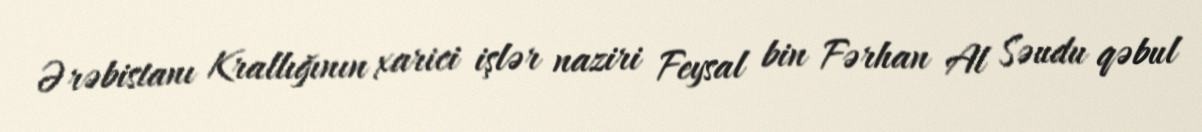
Ərəbistanı Krallığının xarici işlər naziri Feysal bin Fərhan Al Səudu qəbul